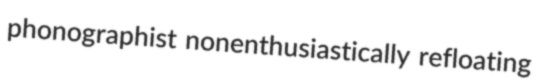
phonographist nonenthusiastically refloating